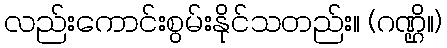
လည်းကောင်းစွမ်းနိုင်သတည်း။ (ဂဏ္ဌိ။)